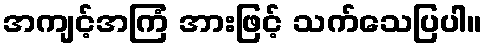
အကျင့်အကြံ အားဖြင့် သက်သေပြပါ။